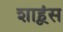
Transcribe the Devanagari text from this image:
शाहूंस